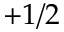
+ 1 / 2